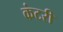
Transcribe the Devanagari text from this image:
कंटरी